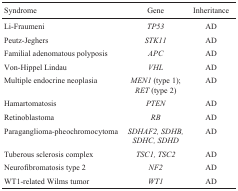
<table><thead><tr><td><b>Syndrome</b></td><td><b>Gene</b></td><td><b>Inheritance</b></td></tr></thead><tbody><tr><td>Li-Fraumeni</td><td><i>TP53</i></td><td>AD</td></tr><tr><td>Peutz-Jeghers</td><td><i>STK11</i></td><td>AD</td></tr><tr><td>Familial adenomatous polyposis</td><td><i>APC</i></td><td>AD</td></tr><tr><td>Von-Hippel Lindau</td><td><i>VHL</i></td><td>AD</td></tr><tr><td>Multiple endocrine neoplasia</td><td><i>MEN1</i> (type 1); <i>RET</i> (type 2)</td><td>AD</td></tr><tr><td>Hamartomatosis</td><td><i>PTEN</i></td><td>AD</td></tr><tr><td>Retinoblastoma</td><td><i>RB</i></td><td>AD</td></tr><tr><td>Paraganglioma-pheochromocytoma</td><td><i>SDHAF2, SDHB, SDHC, SDHD</i></td><td>AD</td></tr><tr><td>Tuberous sclerosis complex</td><td><i>TSC1, TSC2</i></td><td>AD</td></tr><tr><td>Neurofibromatosis type 2</td><td><i>NF2</i></td><td>AD</td></tr><tr><td>WT1-related Wilms tumor</td><td><i>WT1</i></td><td>AD</td></tr></tbody></table>